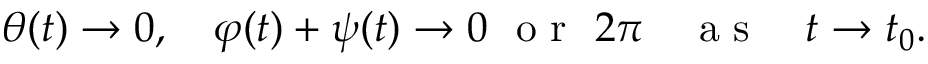
\begin{array} { r } { \theta ( t ) \rightarrow 0 , \quad \varphi ( t ) + \psi ( t ) \rightarrow 0 ~ \mathrm { ~ o ~ r ~ } ~ 2 \pi \quad \mathrm { ~ a ~ s ~ } \quad t \rightarrow t _ { 0 } . } \end{array}